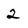
Character: 2